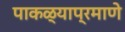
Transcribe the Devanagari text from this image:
पाकळ्याप्रमाणे